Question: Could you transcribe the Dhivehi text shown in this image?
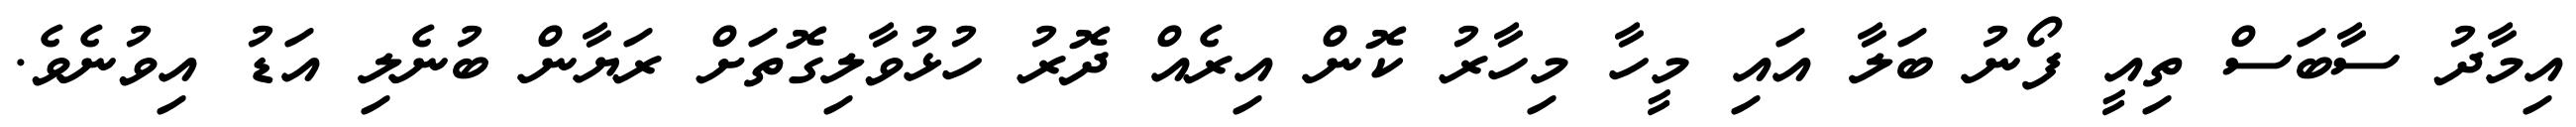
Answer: އިމާދު ސާބަސް ތިއީ ފޯނު ބަލާ އައި މީހާ މިހާރު ކޮން އިރެއް ދޮރު ހުޅުވާލިގޮތަށް ރަޔާން ބުނެލި އަޑު އިވުނެވެ.